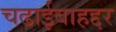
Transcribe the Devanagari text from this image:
चढाईबाहद्दर